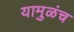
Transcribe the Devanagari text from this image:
यामुळंच